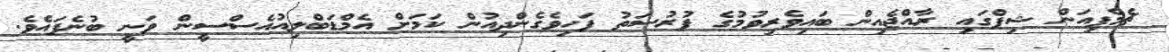
ޗެމްޕިއަން ޝިޕްގައި ރާއްޖެއިން ބައިވެރިވުމުގެ ފުރުސަތު ފަހިވެގެންދިއުން ކަމަށް އެމްޑަބްލިއުއެސްސީން ވަނީ ބުނެފައެވެ.